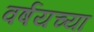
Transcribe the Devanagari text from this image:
वर्षयच्या